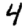
Digit: 4